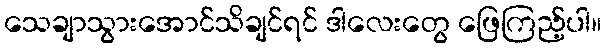
သေချာသွားအောင်သိချင်ရင် ဒါလေးတွေ ဖြေကြည့်ပါ။